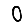
Digit: 0